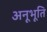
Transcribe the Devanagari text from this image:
अनूभूति